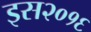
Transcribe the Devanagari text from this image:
इस२०१६